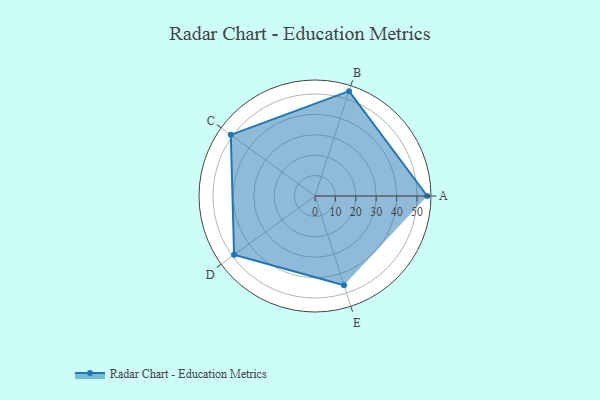
{"axis": {"x": "Skill", "y": "Score"}, "legend": ["Profile"], "data": [{"x": "A", "y": 55.0, "type": "Profile"}, {"x": "B", "y": 54.0, "type": "Profile"}, {"x": "C", "y": 51.0, "type": "Profile"}, {"x": "D", "y": 49.0, "type": "Profile"}, {"x": "E", "y": 46.0, "type": "Profile"}]}